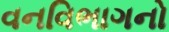
વનવિભાગનો